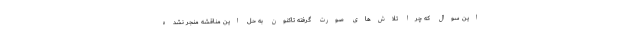
این سوال که چرا تلاش‌های صورت گرفته تاکنون به حل این مناقشه منجر نشده